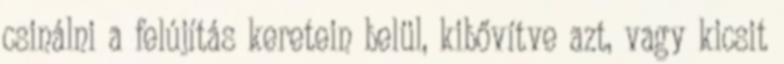
csinálni a felújítás keretein belül, kibővítve azt, vagy kicsit